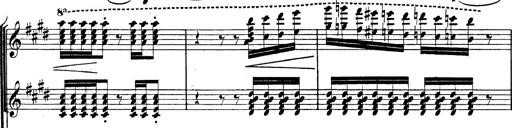
Title: BÃ©nÃ©diction et serment
Composer: Franz Liszt